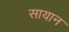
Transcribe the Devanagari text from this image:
सायान